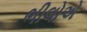
ભીલોએ